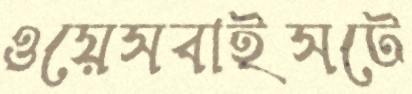
ওয়েসবাইসটে